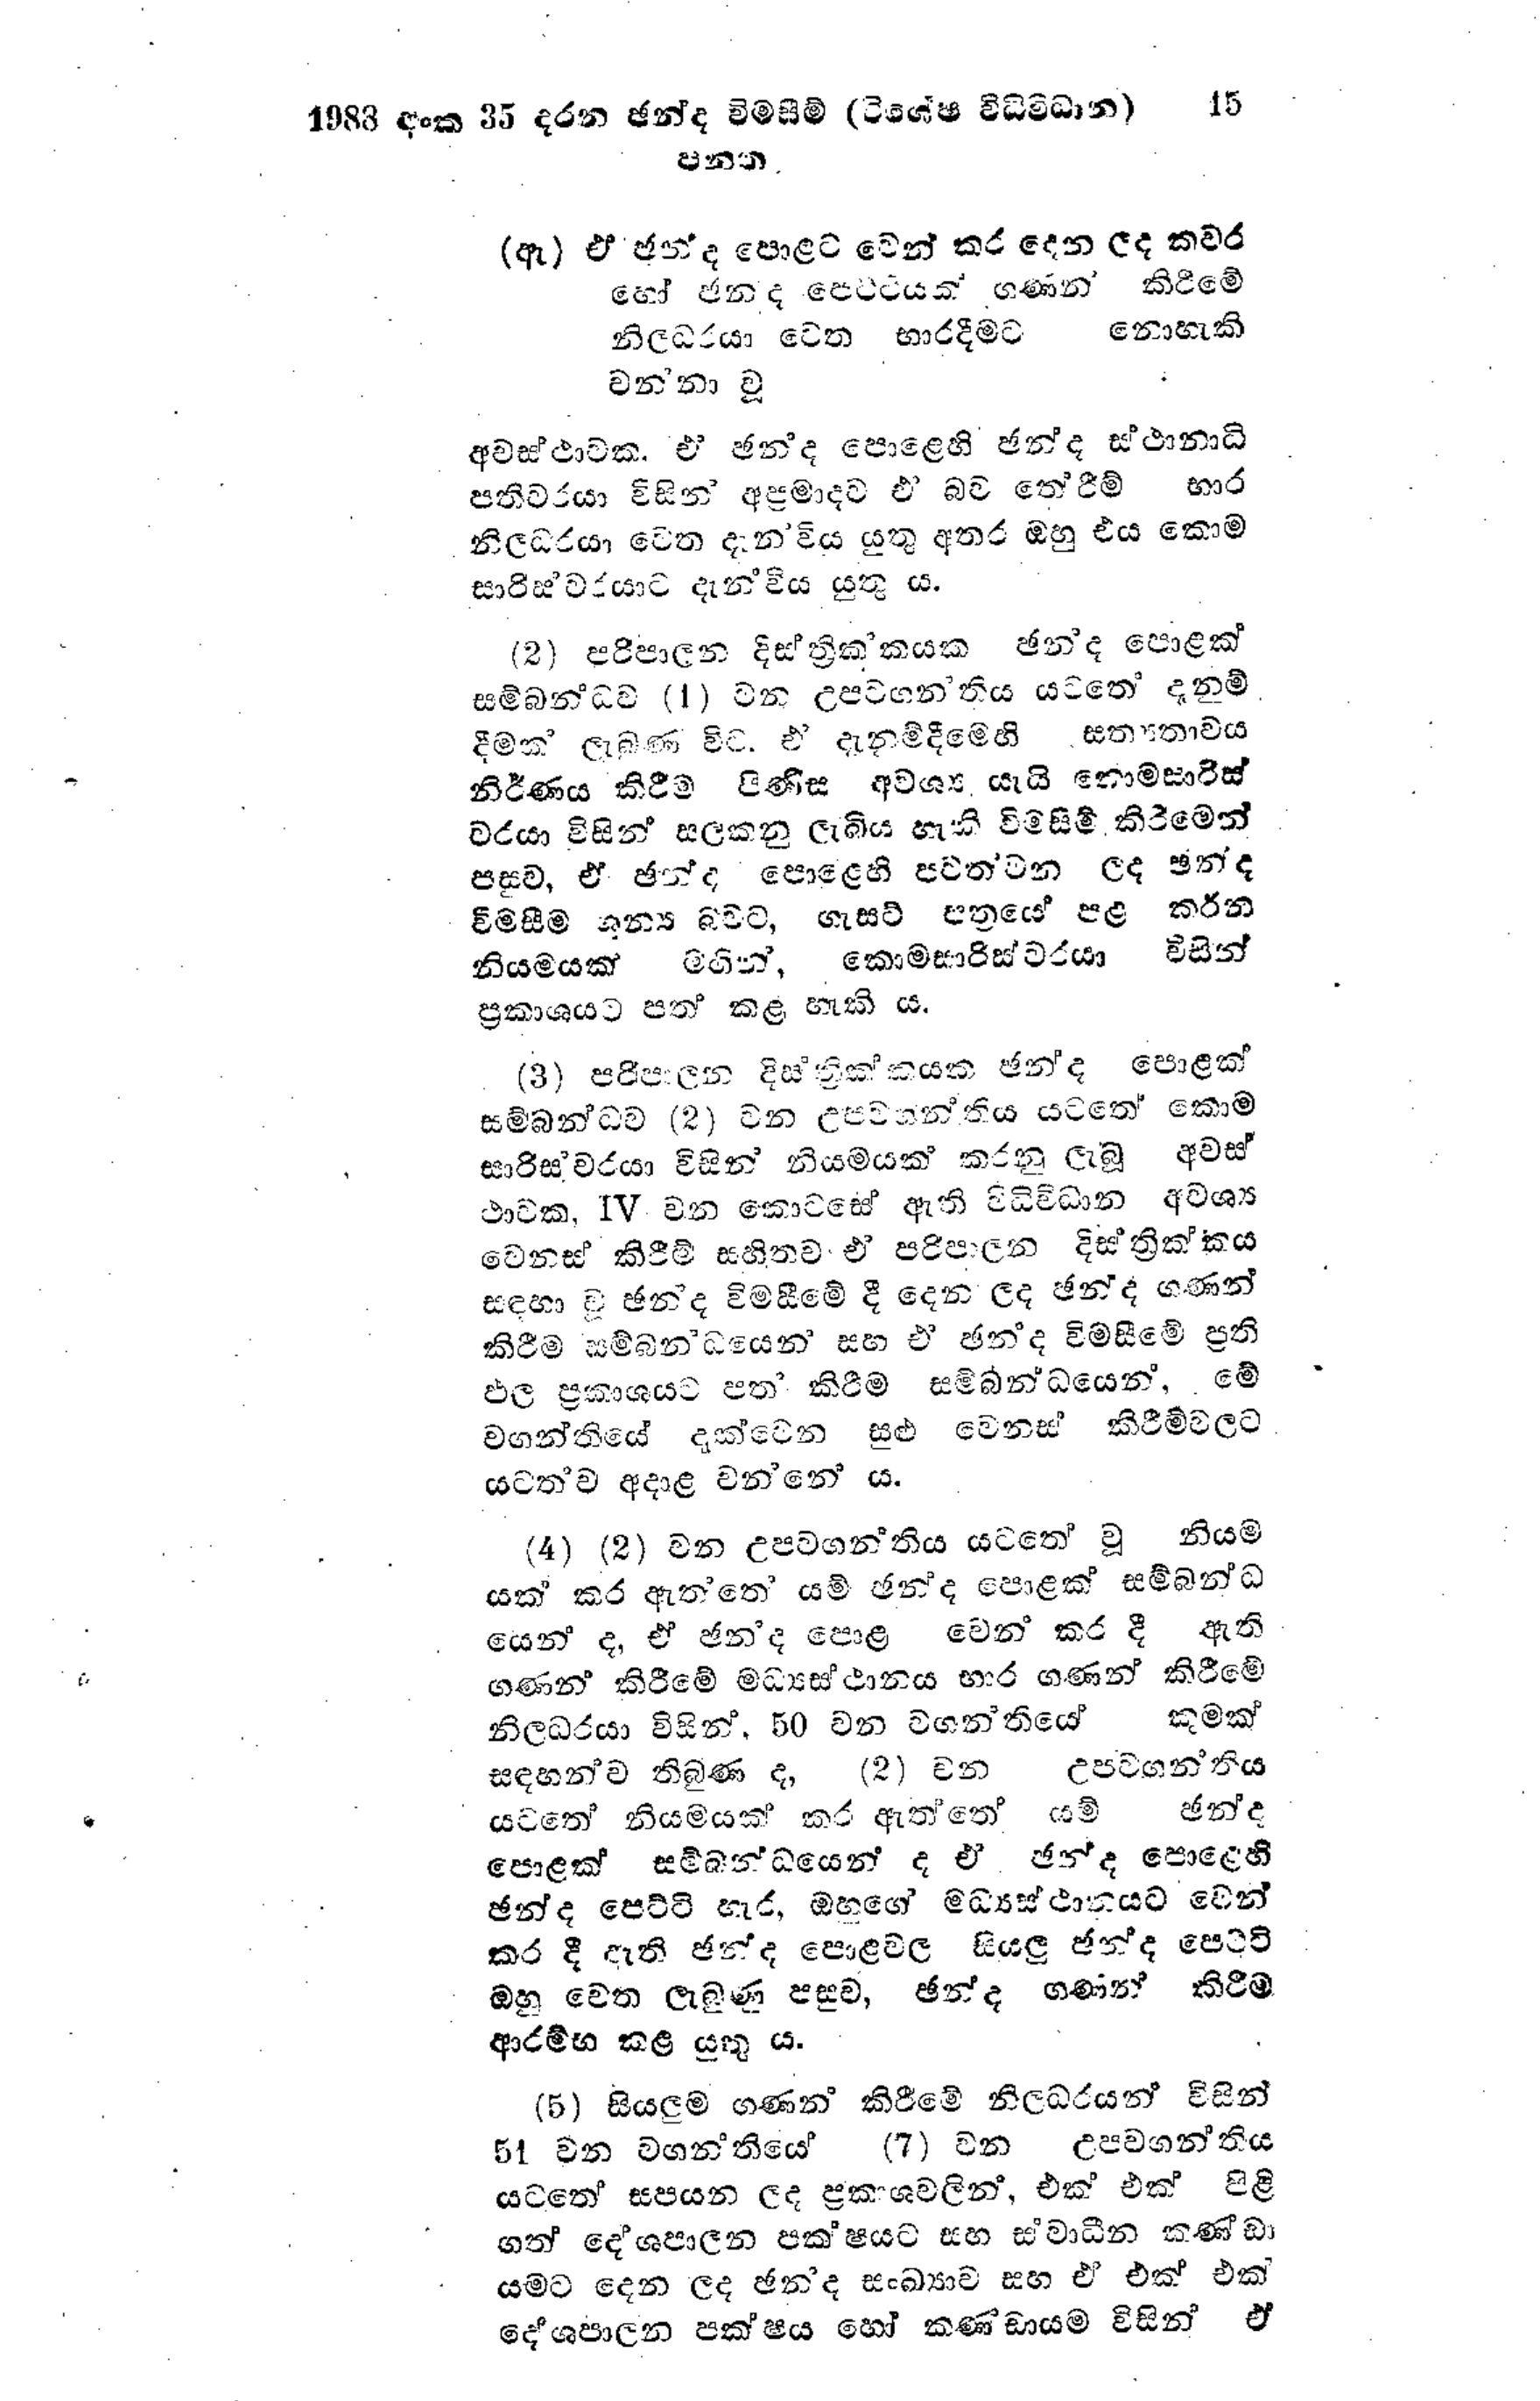
1988 අංක 35 දරන ඡන්ද විමසීම් (විශේෂ විධිවිධාන) 15
පනත.

(ඇ) ඒ ඡන්ද පොළට වෙන් කර දෙන ලද කවර
හෝ ඡනද පෙට්ටියක් ගණන කිරිමේ
නිලධරයා වෙත භාරදීමට නොහැකි
වන්නා වූ

අවස්ථාවක. ඒ ඡන්ද පොළෙහි ඡන්ද ස්ථානාධි
පතිවරයා විසින් අප්‍රමාදව ඒ බව තේරීම් භාර
නිලධරයා වෙත දැන විය යුතු අතර ඔහු එය කොම
සාරිස්වරයාට දැන්විය යුතු ය.

(2) පරිපාලන දිස්ත්‍රික්කයක ඡන්ද පොළක්
සම්බන්ධව (1) වන උපවගන‍්තිය යටතේ දැනුම්
දීමක් ලැබුණ විට. එ දැනුම්දීමෙහි සත්‍යතාවය
නිර්ණය කිරීම පිණිස අවශ්‍ය යැයි කොමසාරිස්
වරයා විසින් සලකනු ලැබිය හැකි විමසීම් කිරීමෙන්
පසුව, ඒ ඡන්ද පොළෙහි පවත්වන ලද ඡන්ද
විමසීම ශුන්‍ය බවට, ගැසට් පත්‍රයේ පළ කරන
නියමයක් මගින්,කොමසාරිස්වරයා විසින්
ප්‍රකාශයට පත් කළ හැකි ය.

(3) පරිපාලන දිස්ත්‍රික්කයක ඡන්ද පොළක්
සම්බන්ධව (2) වන උපවගන්තිය යටතේ කොම
සාරිස්වරයා විසින් නියමයක් කරනු ලැබූ අවස්
ථාවක, IV වන කොටසේ ඇති විධිවිධාන අවශ්‍ය
වෙනස් කිරීම් සහිතව ඒ පරිපාලන දිස්ත්‍රික්කය
සඳහා වූ ඡන්ද විමසීමේ දී දෙන ලද ඡන්ද ගණන්
කිරීම සම්බන්ධයෙන සහ එ ඡන්ද විමසීමේ ප්‍රති
ඵල ප්‍රකාශයට පත‍් කිරීම සම්බන්ධයෙන්, මේ
වගන්තියේ දැක්වෙන සුළු වෙනස් කිරීම්වලට
යටත්ව අදාළ වන්නේ ය.

(4) (2) වන උපවගන්තිය යටතේ වූ නියම
යක් කර ඇත්තේ යම් ඡන්ද පොළක් සම්බන්ධ
යෙන් ද, ඒ ඡනද පොළ වෙන් කර දී ඇති
ගණන් කිරීමේ මධ්‍යස්ථානය භාර ගණන් කිරීමේ
නිලධරයා විසින්, 50 වන වගන්තියේ කුමක්
සඳහන්ව තිබුණ ද, (2) වන උපවගන්තිය
යටතේ නියමයක් කර ඇත්තේ යම් ඡන්ද
පොළක් සම්බන්ධයෙන් ද ඒ ඡන්ද පොළෙහි
ඡන්ද පෙට්ටි හැර, ඔහුගේ මධ්‍යස්ථානයට වෙන්
කර දී ඇති ඡන්ද පොළවල සියලු ඡන්ද පෙට්ටි
ඔහු වෙත ලැබුණු පසුව, ඡන්ද ගණන් කිරීම
ආරම්භ කළ යුතු ය.

(5) සියලුම ගණන් කිරීමේ නිලධරයන් විසින්
51 වන වගන්තියේ (7) වන උපවගන්තිය
යටතේ සපයන ලද ප්‍රකාශවලින්, එක් එක් පිළි
ගත් දේශපාලන පක‍්ෂයට සහ සංවාධීන කණ්ඩා
යමට දෙන ලද ඡන්ද සංඛ්‍යාව සහ ඒ එක් එක්
දේශපාලන පක්ෂය හෝ කණ්ඩායම විසින් ඒ